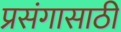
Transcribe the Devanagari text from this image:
प्रसंगासाठी